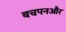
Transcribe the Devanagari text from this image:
बचपनऔर